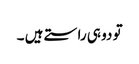
تو دو ہی راستے ہیں ۔